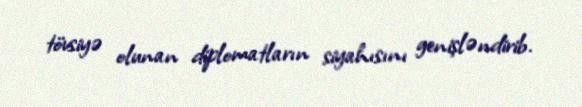
tövsiyə olunan diplomatların siyahısını genişləndirib.